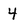
Character: 4